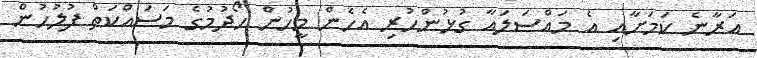
އަރާނެ ކަމަށާއި އެ މައްސަލައާ ގުޅުންހުރި އެހެން މީހުން ހޯދުމުގެ މަސައްކަތް ފުލުހުން